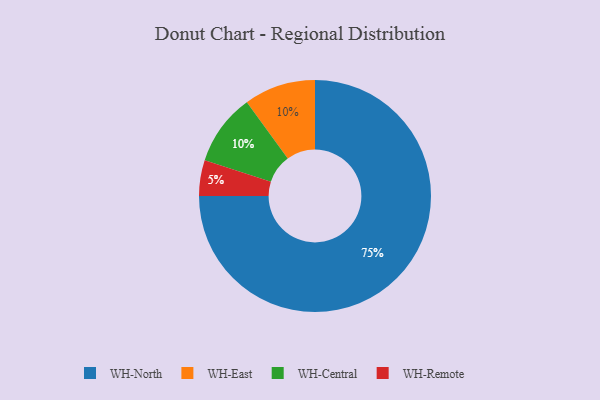
{"axis": {"x": "Category", "y": "Percentage"}, "legend": ["WH-Central", "WH-East", "WH-North", "WH-Remote"], "data": [{"x": "WH-Remote", "y": 5, "type": "WH-Remote"}, {"x": "WH-East", "y": 10, "type": "WH-East"}, {"x": "WH-Central", "y": 10, "type": "WH-Central"}, {"x": "WH-North", "y": 75, "type": "WH-North"}]}